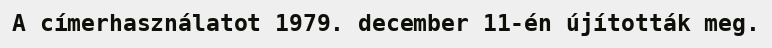
A címerhasználatot 1979. december 11-én újították meg.